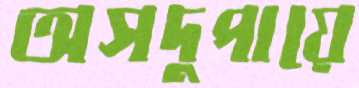
অসদুপায়ে